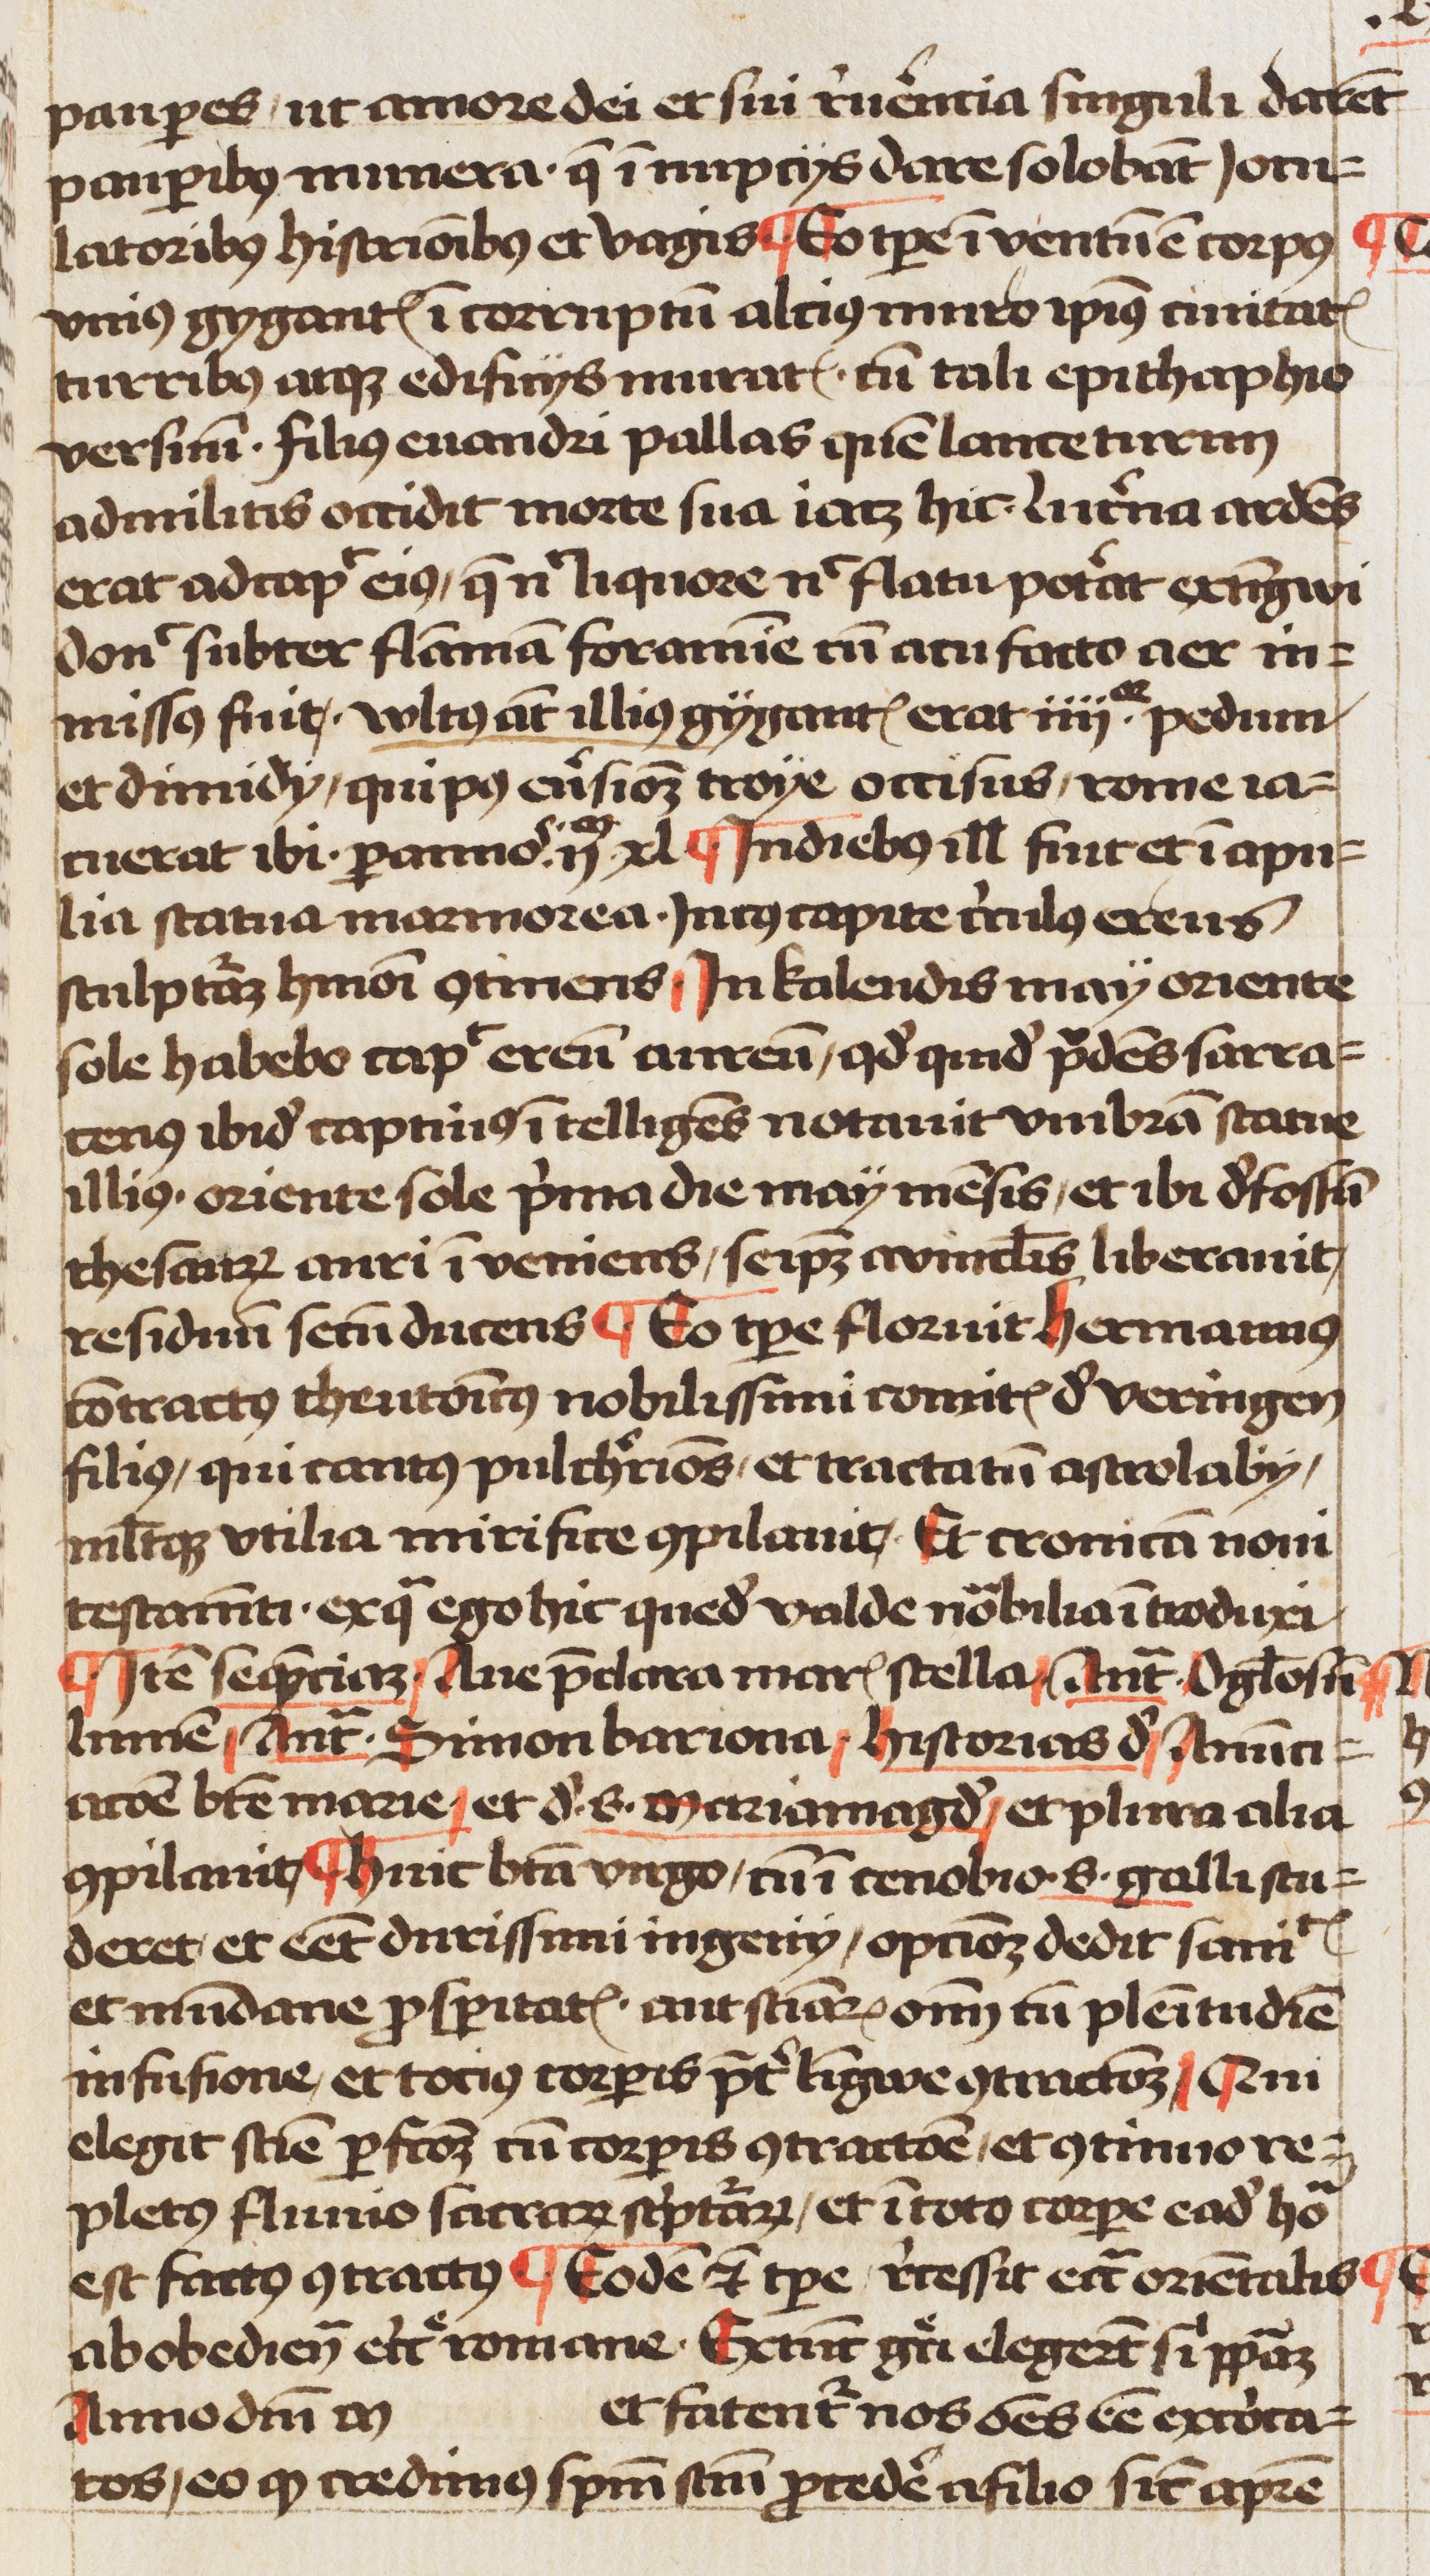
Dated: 1460–1490